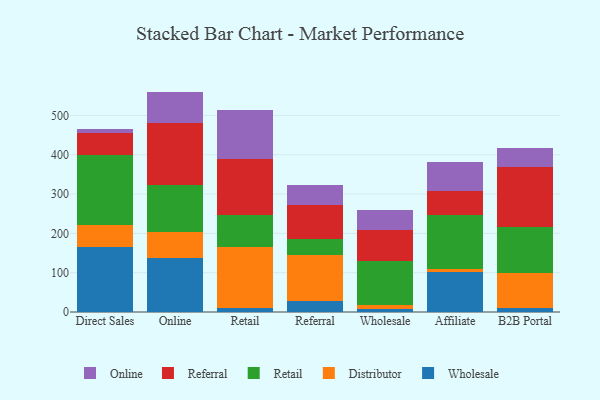
{"axis": {"x": "Channel", "y": "Shipments"}, "legend": ["Distributor", "Online", "Referral", "Retail", "Wholesale"], "data": [{"x": "Direct Sales", "y": 164.3, "type": "Wholesale"}, {"x": "Direct Sales", "y": 56.4, "type": "Distributor"}, {"x": "Direct Sales", "y": 178.5, "type": "Retail"}, {"x": "Direct Sales", "y": 56.7, "type": "Referral"}, {"x": "Direct Sales", "y": 10.7, "type": "Online"}, {"x": "Online", "y": 136.1, "type": "Wholesale"}, {"x": "Online", "y": 67.1, "type": "Distributor"}, {"x": "Online", "y": 120.4, "type": "Retail"}, {"x": "Online", "y": 156.2, "type": "Referral"}, {"x": "Online", "y": 80.7, "type": "Online"}, {"x": "Retail", "y": 9.5, "type": "Wholesale"}, {"x": "Retail", "y": 155.5, "type": "Distributor"}, {"x": "Retail", "y": 82.7, "type": "Retail"}, {"x": "Retail", "y": 142.6, "type": "Referral"}, {"x": "Retail", "y": 123.0, "type": "Online"}, {"x": "Referral", "y": 27.2, "type": "Wholesale"}, {"x": "Referral", "y": 117.7, "type": "Distributor"}, {"x": "Referral", "y": 39.9, "type": "Retail"}, {"x": "Referral", "y": 88.5, "type": "Referral"}, {"x": "Referral", "y": 50.5, "type": "Online"}, {"x": "Wholesale", "y": 7.1, "type": "Wholesale"}, {"x": "Wholesale", "y": 10.5, "type": "Distributor"}, {"x": "Wholesale", "y": 112.4, "type": "Retail"}, {"x": "Wholesale", "y": 78.9, "type": "Referral"}, {"x": "Wholesale", "y": 51.1, "type": "Online"}, {"x": "Affiliate", "y": 102.0, "type": "Wholesale"}, {"x": "Affiliate", "y": 6.6, "type": "Distributor"}, {"x": "Affiliate", "y": 138.3, "type": "Retail"}, {"x": "Affiliate", "y": 59.9, "type": "Referral"}, {"x": "Affiliate", "y": 75.0, "type": "Online"}, {"x": "B2B Portal", "y": 9.2, "type": "Wholesale"}, {"x": "B2B Portal", "y": 89.8, "type": "Distributor"}, {"x": "B2B Portal", "y": 117.9, "type": "Retail"}, {"x": "B2B Portal", "y": 151.8, "type": "Referral"}, {"x": "B2B Portal", "y": 47.2, "type": "Online"}]}